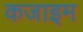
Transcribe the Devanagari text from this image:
कजाइम